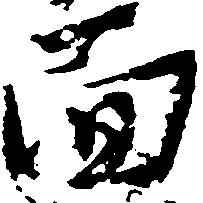
面